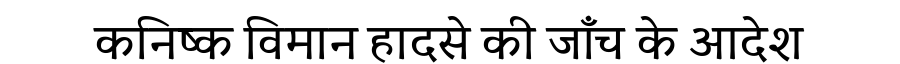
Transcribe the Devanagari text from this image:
कनिष्क विमान हादसे की जाँच के आदेश